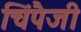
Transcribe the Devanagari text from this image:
चिंपैजी